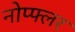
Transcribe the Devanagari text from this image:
नोप्फ्लर